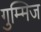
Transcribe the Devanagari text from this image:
गुम्मिज